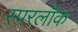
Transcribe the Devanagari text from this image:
स्परलॉक